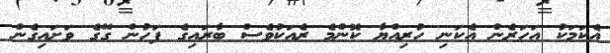
އެކަމަކު އަހަރެން އެކަނި ހުރިއްޔާ ކޮންމެ ރެއަކުވެސް ބާރައިގެ ފަހުން ގޭގެ ވަށައިގެން